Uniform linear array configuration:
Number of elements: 64
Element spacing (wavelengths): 0.5
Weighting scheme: binomial
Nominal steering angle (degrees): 15
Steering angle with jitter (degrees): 16.501
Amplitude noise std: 0.05
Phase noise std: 0.05

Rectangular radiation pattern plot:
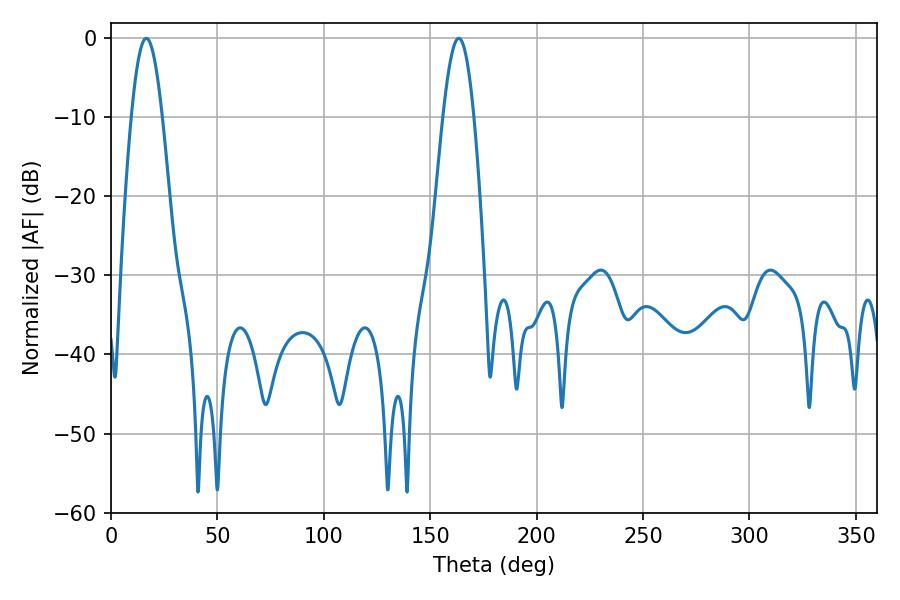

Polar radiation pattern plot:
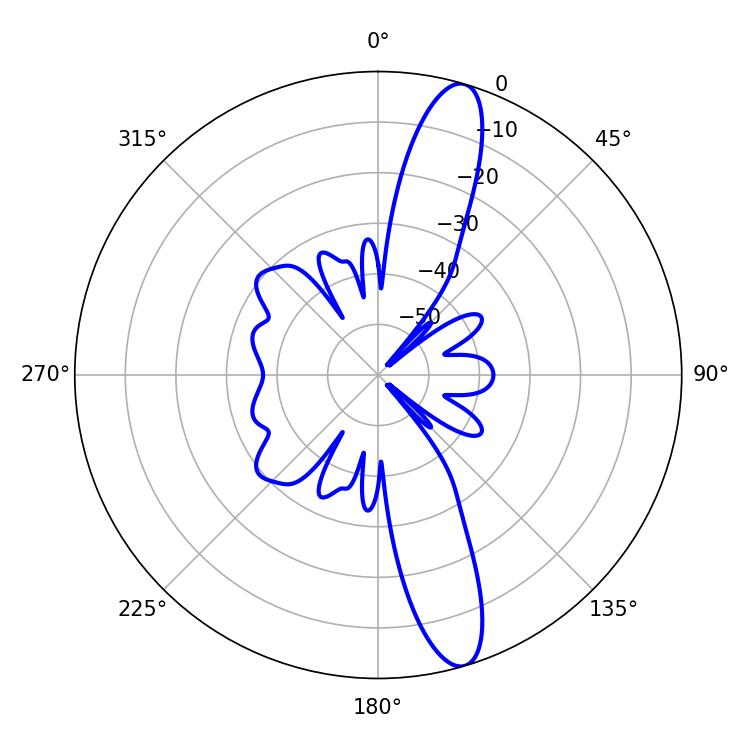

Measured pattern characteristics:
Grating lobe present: FALSE
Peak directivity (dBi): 13.712
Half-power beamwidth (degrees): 7.74
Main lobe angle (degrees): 16.56